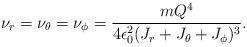
LaTeX: \begin{align*}\nu_r=\nu_\theta=\nu_\phi={{mQ^4}\over{4\epsilon_0^2(J_r+J_\theta+J_\phi)^3}}.\end{align*}